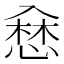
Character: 𢞥